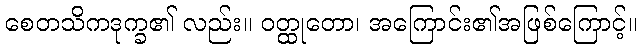
စေတသိကဒုက္ခ၏ လည်း။ ဝတ္ထုတော၊ အကြောင်း၏အဖြစ်ကြောင့်။